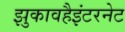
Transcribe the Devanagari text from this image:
झुकावहैइंटरनेट